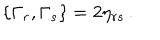
\{ \Gamma _ { r } , \Gamma _ { s } \} = 2 \eta _ { r s } \, .